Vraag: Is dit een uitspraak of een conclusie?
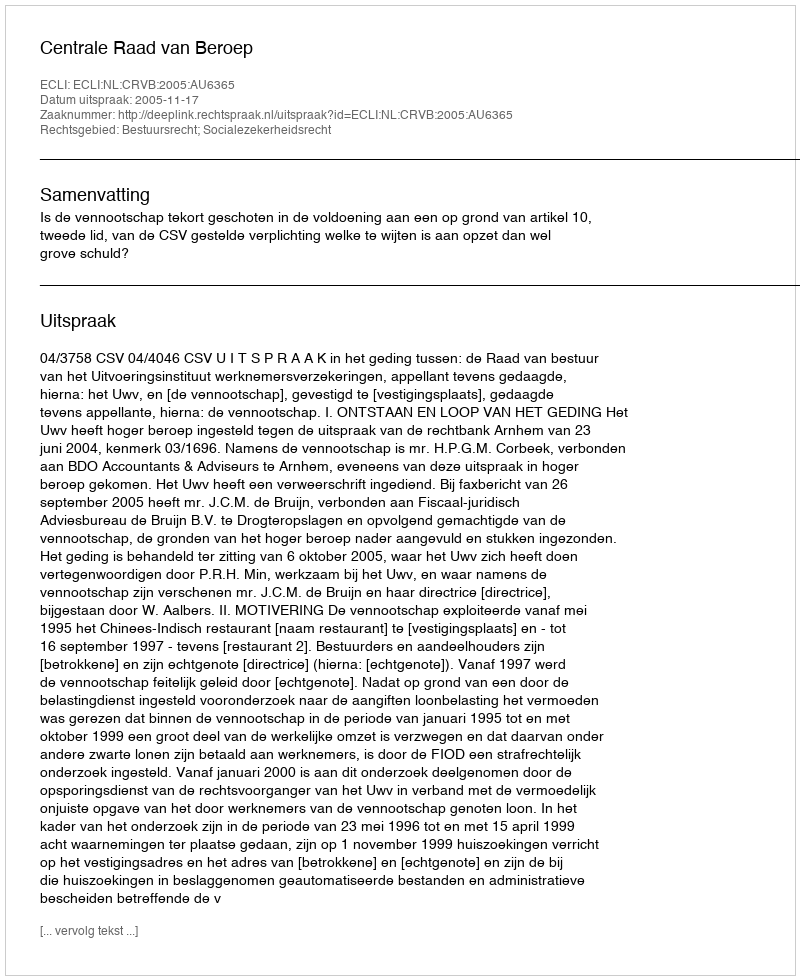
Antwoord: Uitspraak